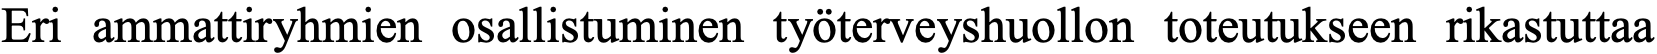
Eri ammattiryhmien osallistuminen työterveyshuollon toteutukseen rikastuttaa